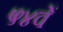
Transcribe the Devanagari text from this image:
५४वें